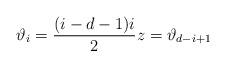
LaTeX: \begin{align*}\vartheta_i = \frac{(i-d-1)i}{2}z = \vartheta_{d-i+1}\end{align*}